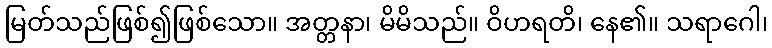
မြတ်သည်ဖြစ်၍ဖြစ်သော။ အတ္တနာ၊ မိမိသည်။ ဝိဟရတိ၊ နေ၏။ သရာဂေါ၊